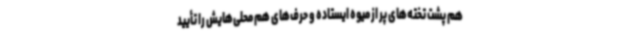
هم پشت تخته‌های پر از میوه ایستاده و حرف‌های هم محلی‌هایش را تأیید